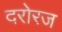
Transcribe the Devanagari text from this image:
दरोरज